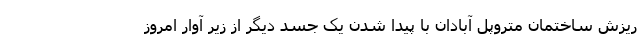
ریزش ساختمان متروپل آبادان با پیدا شدن یک جسد دیگر از زیر آوار امروز